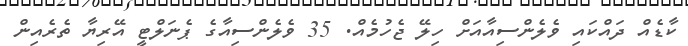
ކާޑެއް ދައްކައި ވެލެންސިއާއަށް ހިލޭ ޖެހުމެއް. 35 ވެލެންސިއާގެ ޕެނަލްޓީ އޭރިޔާ ތެރެއިން